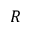
R